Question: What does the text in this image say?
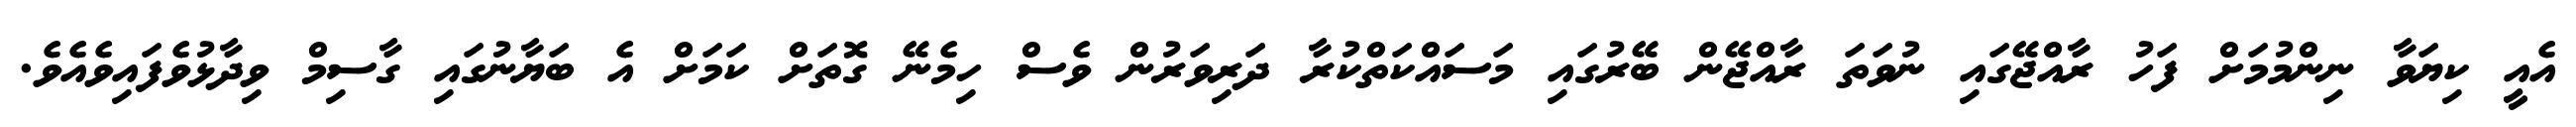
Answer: އެއީ ކިޔަވާ ނިންމުމަށް ފަހު ރާއްޖޭގައި ނުވަތަ ރާއްޖޭން ބޭރުގައި މަސައްކަތްކުރާ ދަރިވަރުން ވެސް ހިމެނޭ ގޮތަށް ކަމަށް އެ ބަޔާނުގައި ގާސިމް ވިދާޅުވެފައިވެއެވެ.